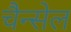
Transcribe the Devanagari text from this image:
चैन्सेल